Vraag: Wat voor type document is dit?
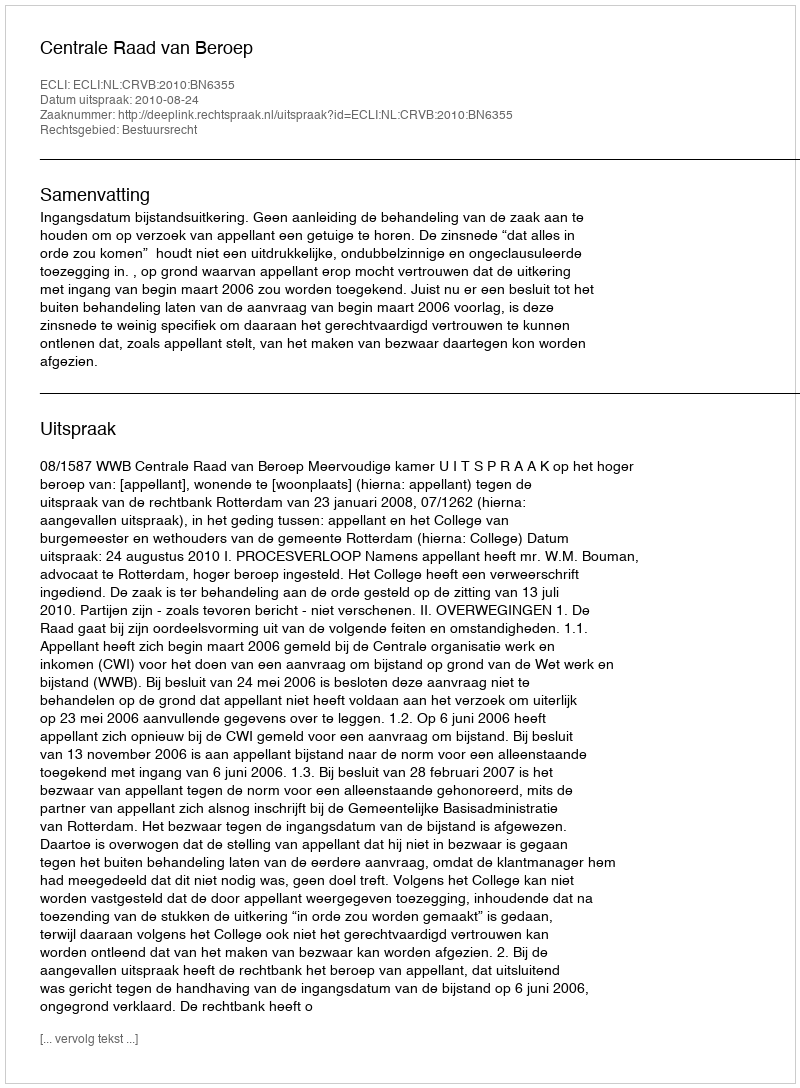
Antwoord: Uitspraak